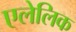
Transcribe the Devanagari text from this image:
एलेलिक